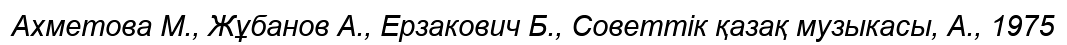
Ахметова М., Жұбанов А., Ерзакович Б., Советтік қазақ музыкасы, А., 1975